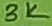
Text: 3K